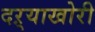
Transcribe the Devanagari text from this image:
दऱ्‍याखोरी